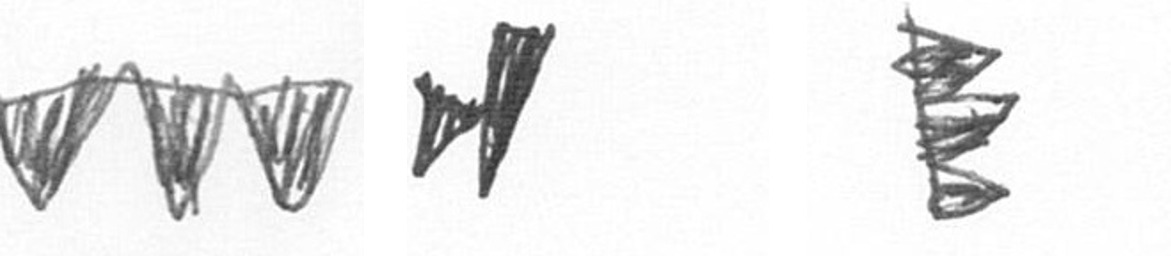
L M H